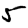
Digit: 5